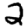
Digit: 2